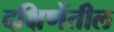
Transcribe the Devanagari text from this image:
दक्षिणेंतील